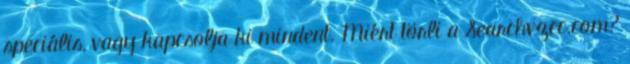
speciális, vagy kapcsolja ki mindent. Miért törli a Searchvzcc.com?